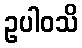
ဥပါဝသိ